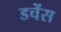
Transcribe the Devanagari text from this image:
डचेंस